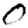
Digit: 0